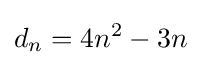
d_{n}=4n^{2}-3n